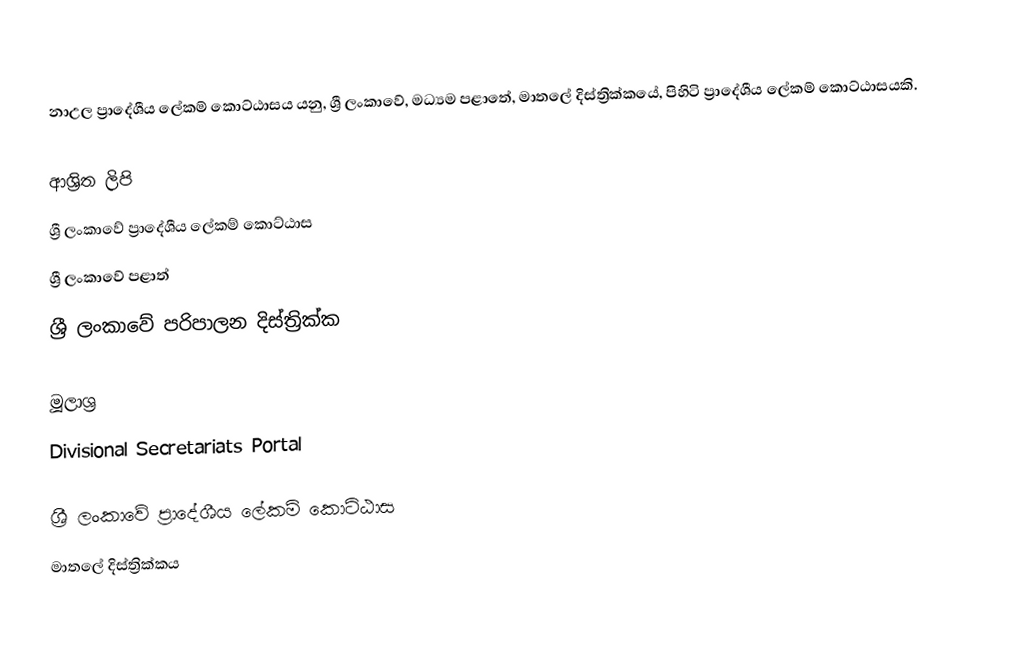
නාඋල ප්‍රාදේශීය ලේකම් කොට්ඨාසය යනු,  ශ්‍රී ලංකාවේ, මධ්‍යම පළාතේ,   මාතලේ දිස්ත්‍රික්කයේ, පිහිටි ප්‍රාදේශීය ලේකම් කොට්ඨාසයකි.

ආශ්‍රිත ලිපි
ශ්‍රී ලංකාවේ ප්‍රාදේශීය ලේකම් කොට්ඨාස
ශ්‍රී ලංකාවේ පළාත්
ශ්‍රී ලංකාවේ පරිපාලන දිස්ත්‍රික්ක

මූලාශ්‍ර
 Divisional Secretariats Portal

ශ්‍රී ලංකාවේ ප්‍රාදේශීය ලේකම් කොට්ඨාස
මාතලේ දිස්ත්‍රික්කය